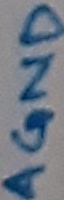
Text: AGND